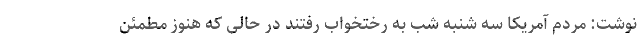
نوشت: مردم آمریکا سه شنبه شب به رختخواب رفتند در حالی که هنوز مطمئن